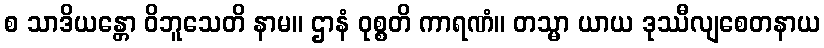
စ သာဒိယန္တော ဝိဘူသေတိ နာမ။ ဌာနံ ဝုစ္စတိ ကာရဏံ။ တသ္မာ ယာယ ဒုဿီလျစေတနာယ